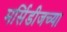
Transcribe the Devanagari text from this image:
मर्सिडीजच्या